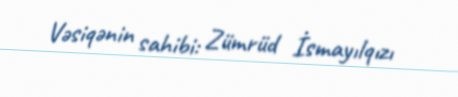
Vəsiqənin sahibi: Zümrüd İsmayılqızı